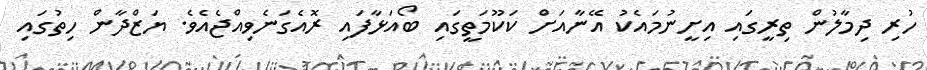
ހުރި ދިމާލުން ތިރީގައި އިށީނުމައެކު އޭނާއަށް ކަކޫމަތީގައި ބޯއަޅާފައި ރޮއެގަނެވިއްޖެއެވެ. ޔަޒްދާން ހިތުގައި